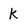
Character: k